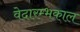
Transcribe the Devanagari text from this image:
वेदारम्भकाल